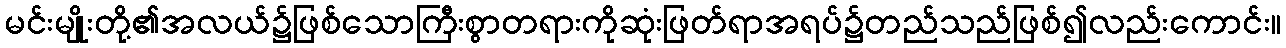
မင်းမျိုးတို့၏အလယ်၌ဖြစ်သောကြီးစွာတရားကိုဆုံးဖြတ်ရာအရပ်၌တည်သည်ဖြစ်၍လည်းကောင်း။